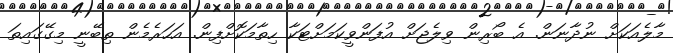
މާލެއަކަށް ނުދާނަން. އެ ބޯރިން ވިލެޖަށް އުފަންވީކަމަށްޓަކާ ހިތާމަކޮށްފިން. އަހަރެމެން ތިބޭނީ މިގޭގައިތަ